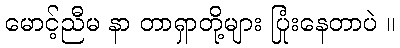
မောင့်ညီမ နာ တာရှာတို့များ ပြုံးနေတာပဲ ။